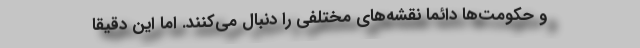
و حکومت‌ها دائماً نقشه‌های مختلفی را دنبال می‌کنند. اما این دقیقاً